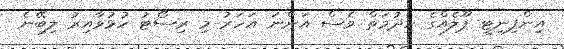
އިންފިނިޓީ ޕޫލެއްގެ ހިދުމަތް ވެސް އަންނަ އަހަރު މި ރިސޯޓު ހުޅުވާއިރު ލިބޭނެ